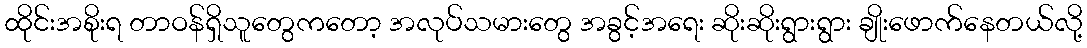
ထိုင်းအစိုးရ တာဝန်ရှိသူတွေကတော့ အလုပ်သမားတွေ အခွင့်အရေး ဆိုးဆိုးရွားရွား ချိုးဖောက်နေတယ်လို့